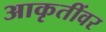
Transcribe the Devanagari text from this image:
आकृतींवर